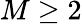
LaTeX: M\geq 2